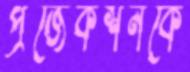
প্রজেকশনকে